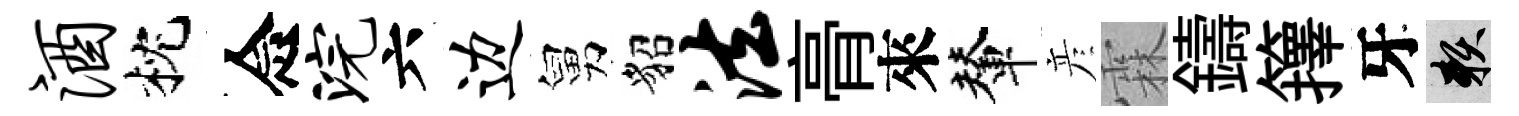
酒枕念浣六边舅貂法𮌔來輦彦霖鑄籜牙賴